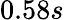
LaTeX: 0.58s